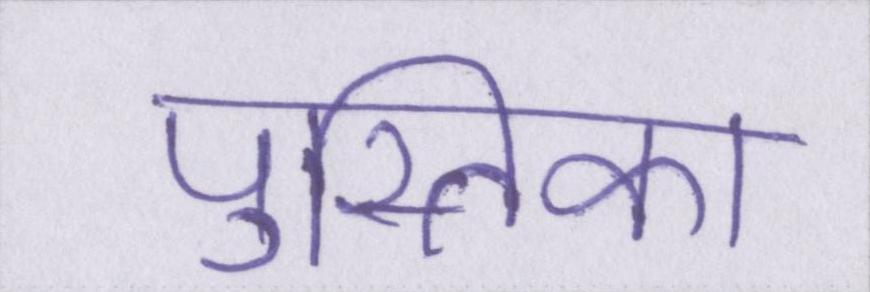
पुस्तिका